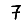
Digit: 7